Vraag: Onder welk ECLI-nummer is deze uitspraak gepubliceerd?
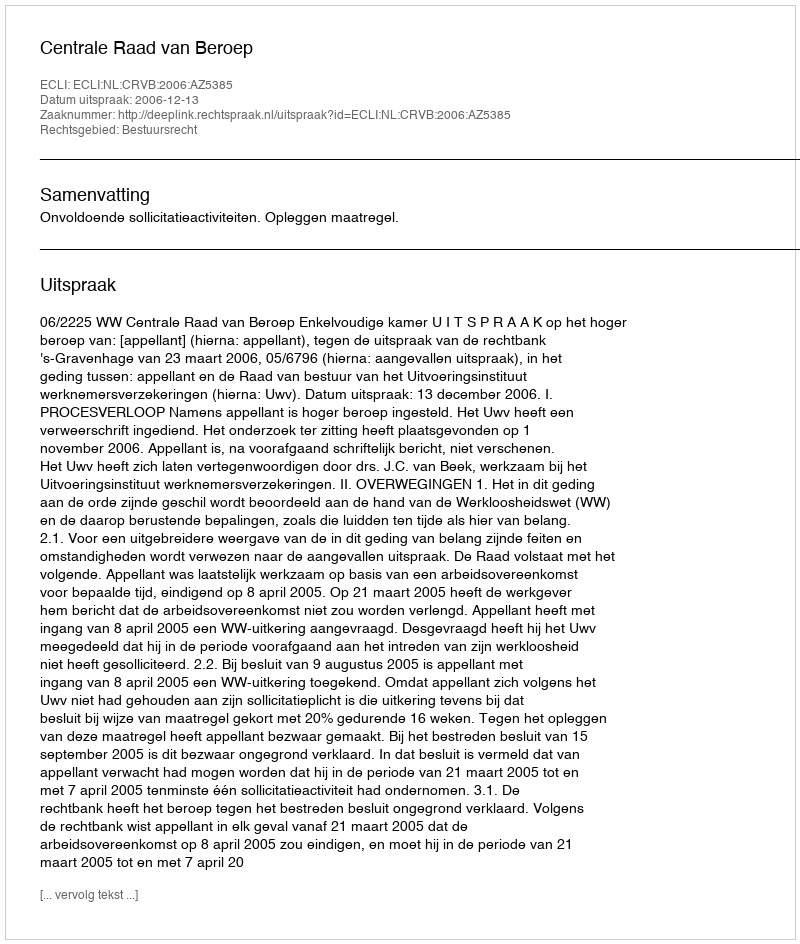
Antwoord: ECLI:NL:CRVB:2006:AZ5385